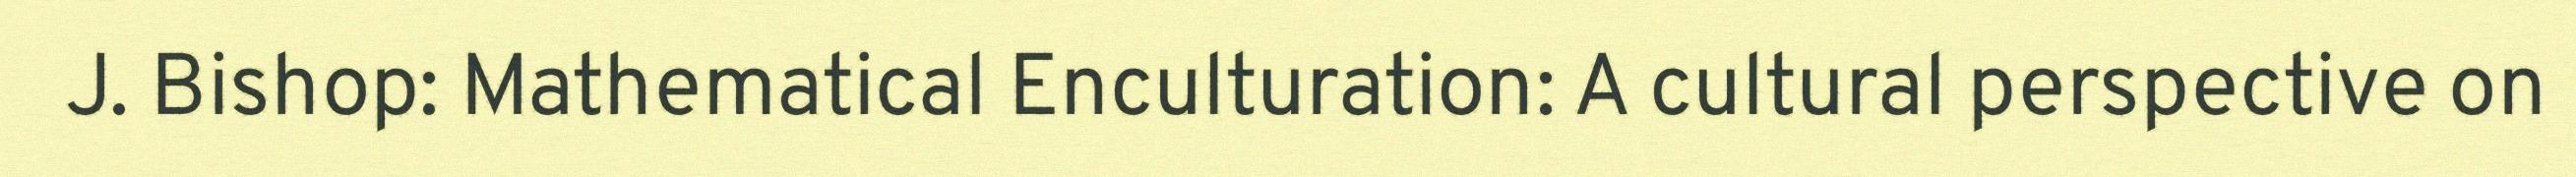
J. Bishop: Mathematical Enculturation: A cultural perspective on